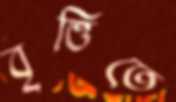
বৃত্তিতে